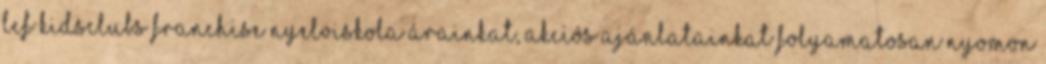
LCF Kidsclubs franchise nyelviskola Árainkat, akciós ajánlatainkat folyamatosan nyomon